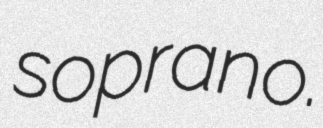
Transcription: soprano.